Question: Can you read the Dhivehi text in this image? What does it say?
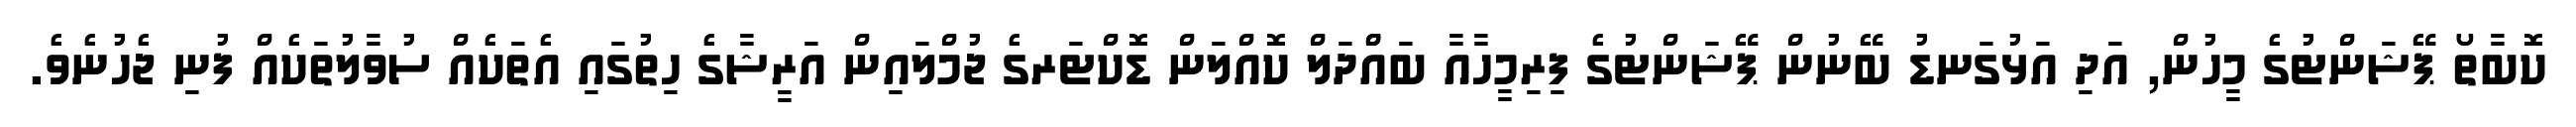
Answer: ކޮބާތޯ ޕޭޝަންޓުގެ މީހުން, އަދި އަޅުގަނޑު ބޭނުން ޕޭޝަންޓުގެ ފިރިމީހާއާ ބައްްދަލް ކޮއްލަން ޑޮކްޓަރގެ ޖުމްލައިން އަރީޝާގެ ހިތުގައި އެތަކެއް ސުވާލުތަކެއް ފުނި ޖެހުނެވެ.